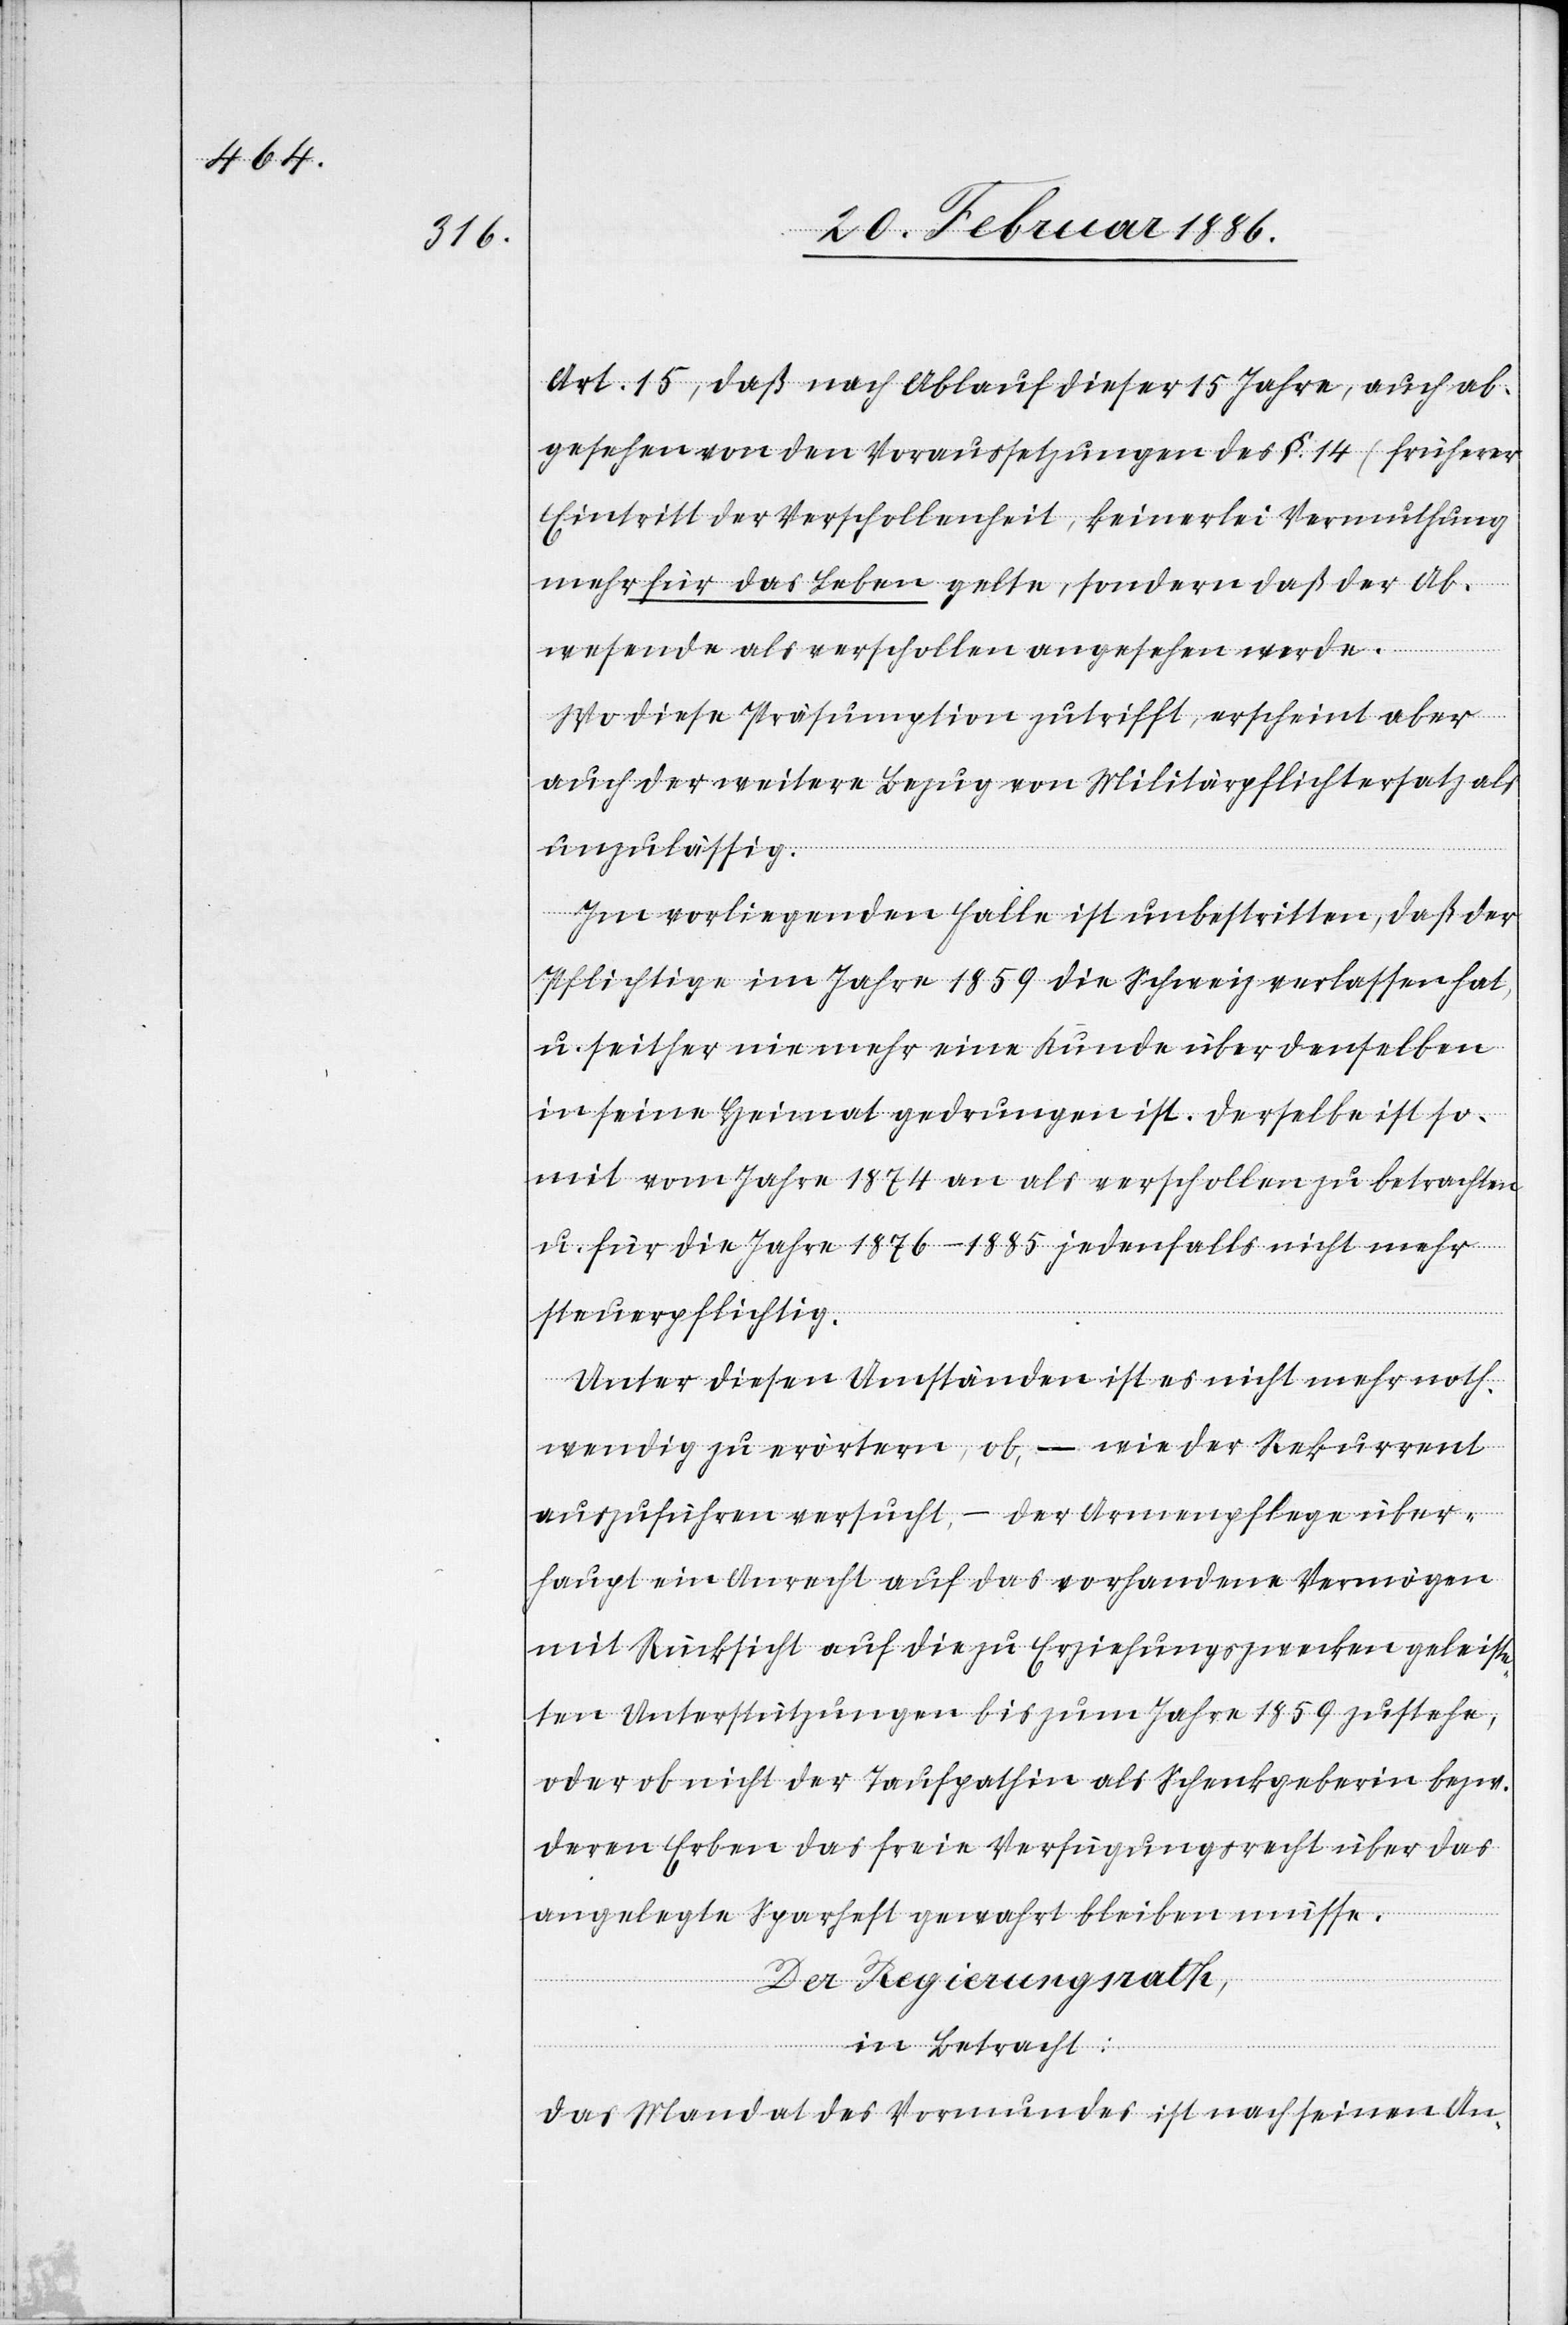
Art. 15, daß nach Ablauf dieser 15 Jahre, auch ab¬
gesehen von den Voraussetzungen des §. 14 (Früherer
Eintritt der Verschollenheit), keinerlei Vermuthung
mehr für das Leben gelte, sondern daß der Ab¬
wesende als verschollen angesehen werde.
Wo diese Präsumption zutrifft, erscheint aber
auch der weitere Bezug von Militärpflichtersatz als
unzulässig.
Im vorliegenden Falle ist unbestritten, daß der
Pflichtige im Jahre 1859 die Schweiz verlassen hat,
u. seither nie mehr eine Kunde über denselben
in seine Heimat gedrungen ist. Derselbe ist so¬
mit vom Jahre 1874 an als verschollen zu betrachten
u. für die Jahre 1876–1885 jedenfalls nicht mehr
steuerpflichtig.
Unter diesen Umständen ist es nicht mehr noth¬
wendig zu erörtern, ob, – wie der Rekurrent
auszuführen versucht, – der Armenpflege über¬
haupt ein Anrecht auf das vorhandene Vermögen
mit Rücksicht auf die zu Erziehungszwecken geleiste¬
ten Unterstützungen bis zum Jahre 18659 zustehe,
oder ob nicht der Taufpathin als Schenkgeberin bzw.
deren Erben das freie Verfügungsrecht über das
angelegten Sparheft gewahrt bleiben müsse.
Der Regierungsrath,
in Betracht:
Das Mandat des Vormundes ist nach seinen An-